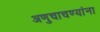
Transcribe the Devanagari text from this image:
अणुचाचण्यांना